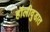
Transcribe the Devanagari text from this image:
हॉलीवुडात